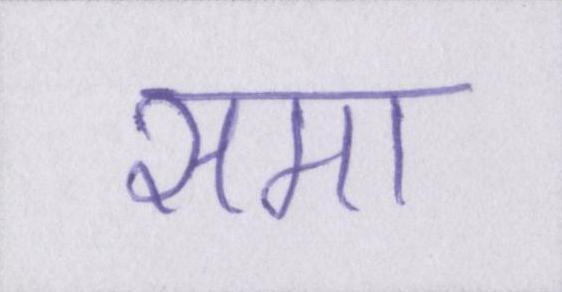
समा